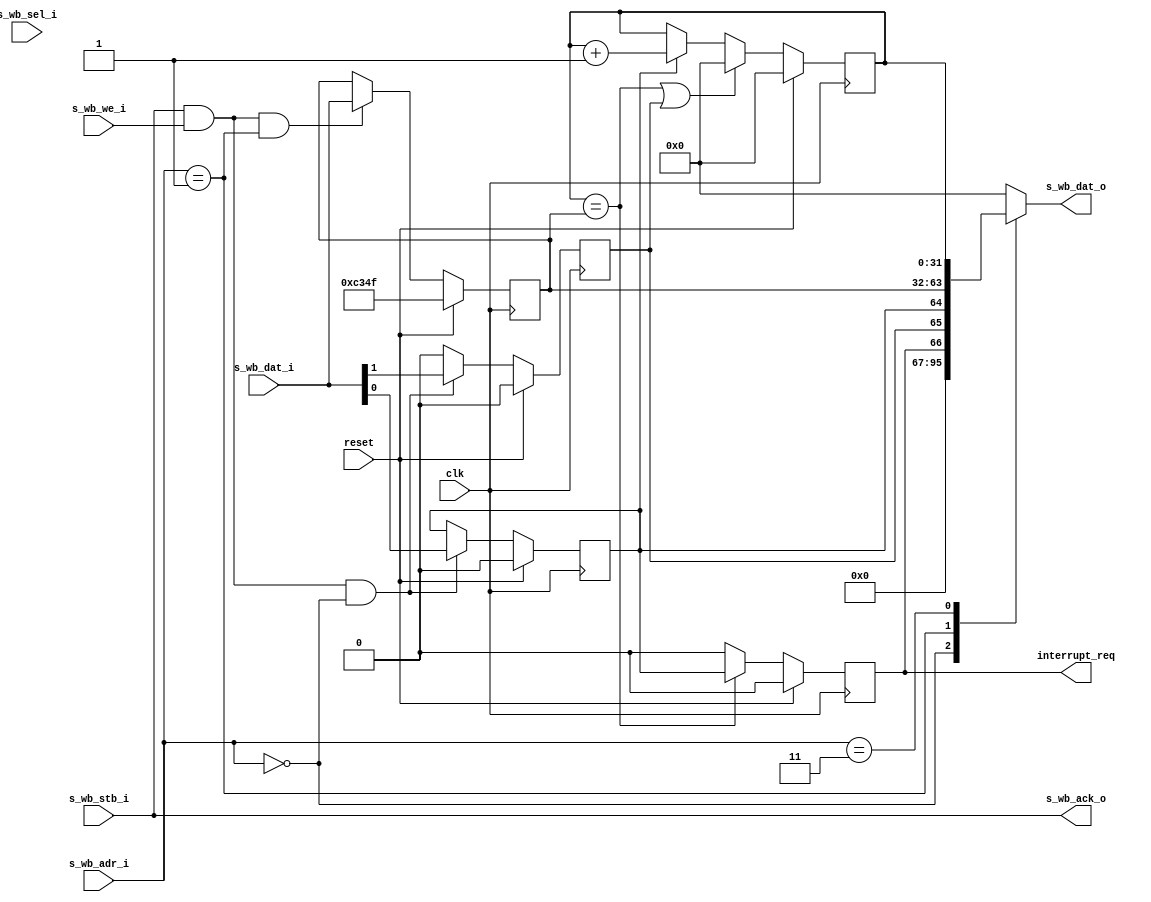
// ---------------------------------------------------------------------------
//  Jelly  -- The platform for real-time computing
//
//                                 Copyright (C) 2008-2015 by Ryuji Fuchikami
//                                 https://github.com/ryuz/jelly.git
// ---------------------------------------------------------------------------



`timescale 1ns / 1ps
`default_nettype none


//    Timer
module jelly_interval_timer
        #(
            parameter WB_ADR_WIDTH  = 2,
            parameter WB_DAT_WIDTH  = 32,
            parameter WB_SEL_WIDTH  = (WB_DAT_WIDTH / 8),
            parameter IRQ_LEVEL     = 0
        )
        (
            // system
            input   wire                        reset,
            input   wire                        clk,
            
            // irq
            output  reg                         interrupt_req,
            
            // control port (wishbone)
            input   wire    [WB_ADR_WIDTH-1:0]  s_wb_adr_i,
            output  reg     [WB_DAT_WIDTH-1:0]  s_wb_dat_o,
            input   wire    [WB_DAT_WIDTH-1:0]  s_wb_dat_i,
            input   wire                        s_wb_we_i,
            input   wire    [WB_SEL_WIDTH-1:0]  s_wb_sel_i,
            input   wire                        s_wb_stb_i,
            output  wire                        s_wb_ack_o
        );
    
    // register address
    localparam  INTERVAL_TIMER_ADR_CONTROL = 2'b00;
    localparam  INTERVAL_TIMER_ADR_COMPARE = 2'b01;
    localparam  INTERVAL_TIMER_ADR_COUNTER = 2'b11;
    
    
    // control
    reg                 reg_enable;
    reg                 reg_clear;
    reg     [31:0]      reg_counter;
    reg     [31:0]      reg_compare;
    
    wire                compare_match;
    assign compare_match = (reg_counter == reg_compare);
    
    always @ ( posedge clk ) begin
        if ( reset ) begin
            reg_enable    <= 1'b0;
            reg_clear     <= 1'b0;
            reg_counter   <= 0;
            reg_compare   <= 50000 - 1;
            interrupt_req <= 1'b0;
        end
        else begin
            // control
            if ( s_wb_stb_i & s_wb_we_i & (s_wb_adr_i == INTERVAL_TIMER_ADR_CONTROL) ) begin
                reg_enable <= s_wb_dat_i[0];
                reg_clear  <= s_wb_dat_i[1];
            end
            else begin
                reg_clear  <= 1'b0;     // auto clear;
            end
            
            // compare
            if ( s_wb_stb_i & s_wb_we_i & (s_wb_adr_i == INTERVAL_TIMER_ADR_COMPARE) ) begin
                reg_compare <= s_wb_dat_i;
            end
            
            // counter
            if ( compare_match | reg_clear ) begin
                reg_counter <= 0;
            end
            else if ( reg_enable ) begin
                reg_counter <= reg_counter + 1'b1;
            end
            
            // interrupt
            if ( compare_match ) begin
                interrupt_req <= reg_enable;
            end
            else begin
                if ( IRQ_LEVEL && &s_wb_stb_i && (s_wb_adr_i == INTERVAL_TIMER_ADR_CONTROL) ) begin
                    interrupt_req <= 1'b0;
                end
                else if ( !IRQ_LEVEL ) begin
                    interrupt_req <= 1'b0;
                end
            end
        end
    end
    
    always @* begin
        s_wb_dat_o = {WB_DAT_WIDTH{1'b0}};
        case ( s_wb_adr_i )
        INTERVAL_TIMER_ADR_CONTROL: begin   s_wb_dat_o = {29'd0, interrupt_req, reg_clear, reg_enable};  end
        INTERVAL_TIMER_ADR_COMPARE: begin   s_wb_dat_o = reg_compare;                             end
        INTERVAL_TIMER_ADR_COUNTER: begin   s_wb_dat_o = reg_counter;                             end
        default:                    begin   s_wb_dat_o = {WB_DAT_WIDTH{1'b0}};                    end
        endcase
    end
    
    assign s_wb_ack_o = s_wb_stb_i;
    
endmodule


`default_nettype wire


//  end of file